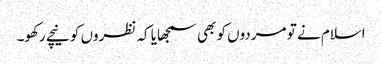
اسلام نے تو مردوں کو بھی سمجھایا کہ نظروں کو نیچے رکھو۔